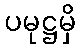
ပမုဋ္ဌမှိ